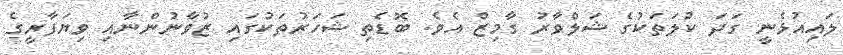
ލައިއުޅެނީ ގަދަ ކުލަތަކުގެ ޝަލްވާރު ގާމިޒް އެވެ. ބޮޑެތި ޝަހަރުތަކުގައި ޒުވާނުންނާއި ވިޔަފާރީގެ